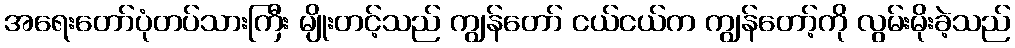
အရေးတော်ပုံတပ်သားကြီး မျိုးတင့်သည် ကျွန်တော် ငယ်ငယ်က ကျွန်တော့်ကို လွမ်းမိုးခဲ့သည်